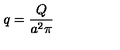
q = \frac { Q } { a ^ { 2 } \pi }